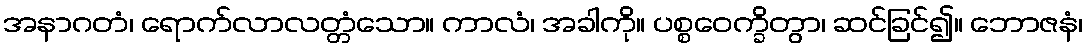
အနာဂတံ၊ ရောက်လာလတ္တံသော။ ကာလံ၊ အခါကို။ ပစ္စဝေက္ခိတွာ၊ ဆင်ခြင်၍။ ဘောဇနံ၊